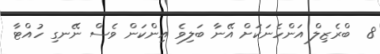
8  ބްރެޒިލް އަންހެނަކަށް އޭނާ ބަލިވެ އިންކަން ވެސް ނޭނގި ހުއްޓާ